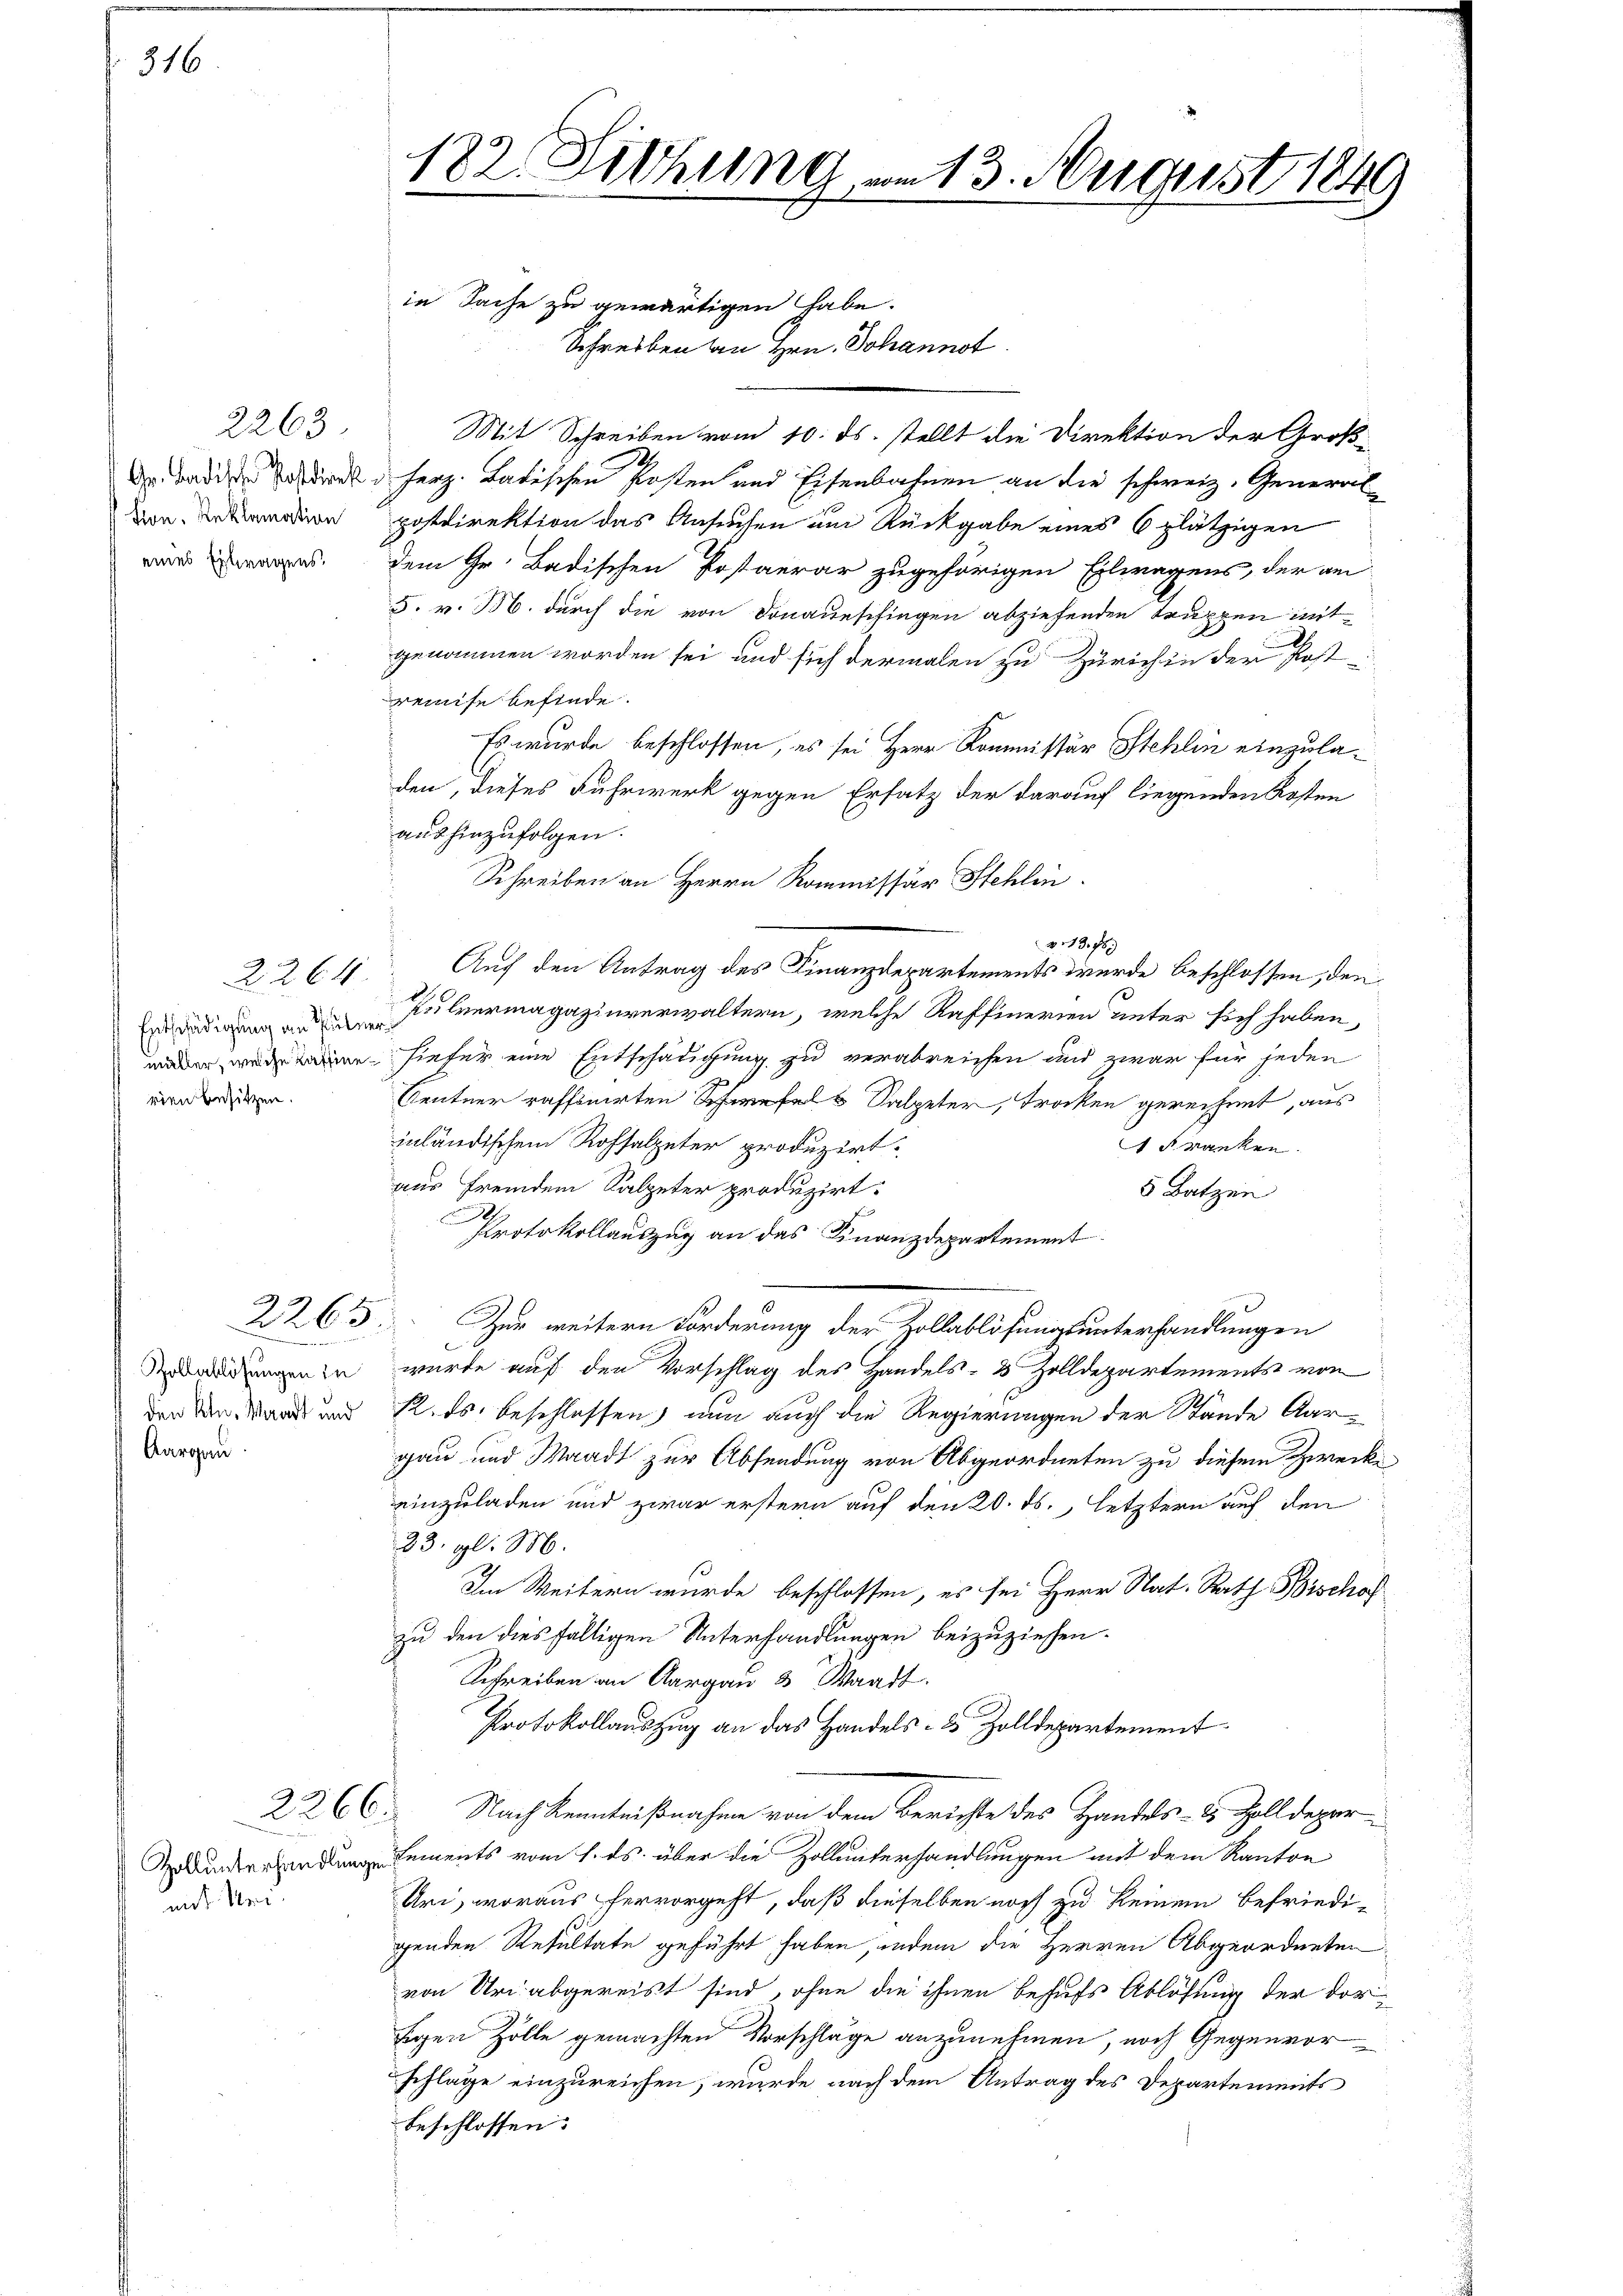
316.

2263
Gr. Badische Postdirek
Son. Reklamation
eines Ertragens,

2264.
Entschädigung an Pule
müller, welche Kaffine
rien besitzen.

un
Zollablösungen in
den kle, Verart und
Aargau.

mit Uri.

Schreiben an Hrn. Johannst.
Mit Schreiben vom 10. ds. stellt die Direktion der Großd. Herz. Badischen Posten und Eisenbahnen an die schweiz. General
postdirektion das Ansuchen am Rückgabe eines 6 plätzigen
dem Gr. Badischen Postaerar zugehörigen Eilwagens, der an
5. v. B. durch die von Donaueschingen abziehenden Truppen mitgenommen worden sei und sich dermalen zu Zürich in der Post-
eise befinde.
Es wurde beschlossen, es sei Herr Kommissär Stehlin einzuladen, dieses Fuhrwerk gegen Ersatz der darauf liegenden Kosten
aushinzufolgen.
Schreiben an Herrn Kommissär Stehlin
v. 13. 74)
h
Auf den Antrag des Finanzdepartements wurde beschlossen, den
Pulvermagazinverwaltern, welche Raffinerien unter sich haben,
 hiefer eine Entschädigung zu verabreichen und zwar für jeden
Centner raffinirten Schwefels Salpeter, trocken gerechnet, aus
inländischem Rohsalpeter produzirt.
1 Franken.
aus fremdem Salpeter produzirt.
5 Batzen
Protokollauszug an das Finanzdepartement
2263. Zur weitern Forderung der Zollablösungsunterhandlungen
E
wurde auf den Vorschlag des Handels- & Zolldepartements von
12. ds. beschlossen, nun auch die Regierungen der Stande Aargau und Waadt zur Absendung von Abgeordneten zu diesem Zwecke
einzuladen und zwar erstern auf den 20. ds., letztern auf den
23. gl. M.
Im Weitern wurde beschlossen, es sei Herr Nat. Rath Forschof
zu den diesfälligen Unterhandlungen beizuziehen.
Schreiben an Aargau 3 Waadt.
Protokollauszug an das Handels- & Zolldepartement
Nach Kenntnißnahme von dem Berichte des Handels- & Zolldepar
uren Lements vom 1. ds. über die Zollunterhandlungen mit dem Kanton
Uri, woraus hervorgeht, daß dieselben noch zu keinem befriedi-
genden Resultate geführt haben, indem die Herren Abgeordneten
von Uri abgereist sind, ohne die ihnen behufs Ablösung der dorsigen Zolle gemachten Vorschläge anzunehmen, noch Gegenvorschläge einzureichen, wurde nach dem Antrag des Departements
beschlossen:

2266.

122. Sitzung am 13. August 1849
2

in Sache zu gewärtigen habe.